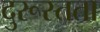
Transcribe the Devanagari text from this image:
दुरूस्तता